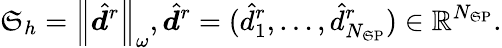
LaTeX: \mathfrak{S}_{h}=\left\lVert\hat{{\boldsymbol{d}}}^{r}\right\rVert_{\omega},\hat{{\boldsymbol{d}}}^{r}=(\hat{{d}}_{1}^{r},\ldots,\hat{{d}}_{N_{\mathrm{{\mathfrak{S}P}}}}^{r})\in\mathbb{{R}}^{N_{\mathrm{{\mathfrak{S}P}}}}.